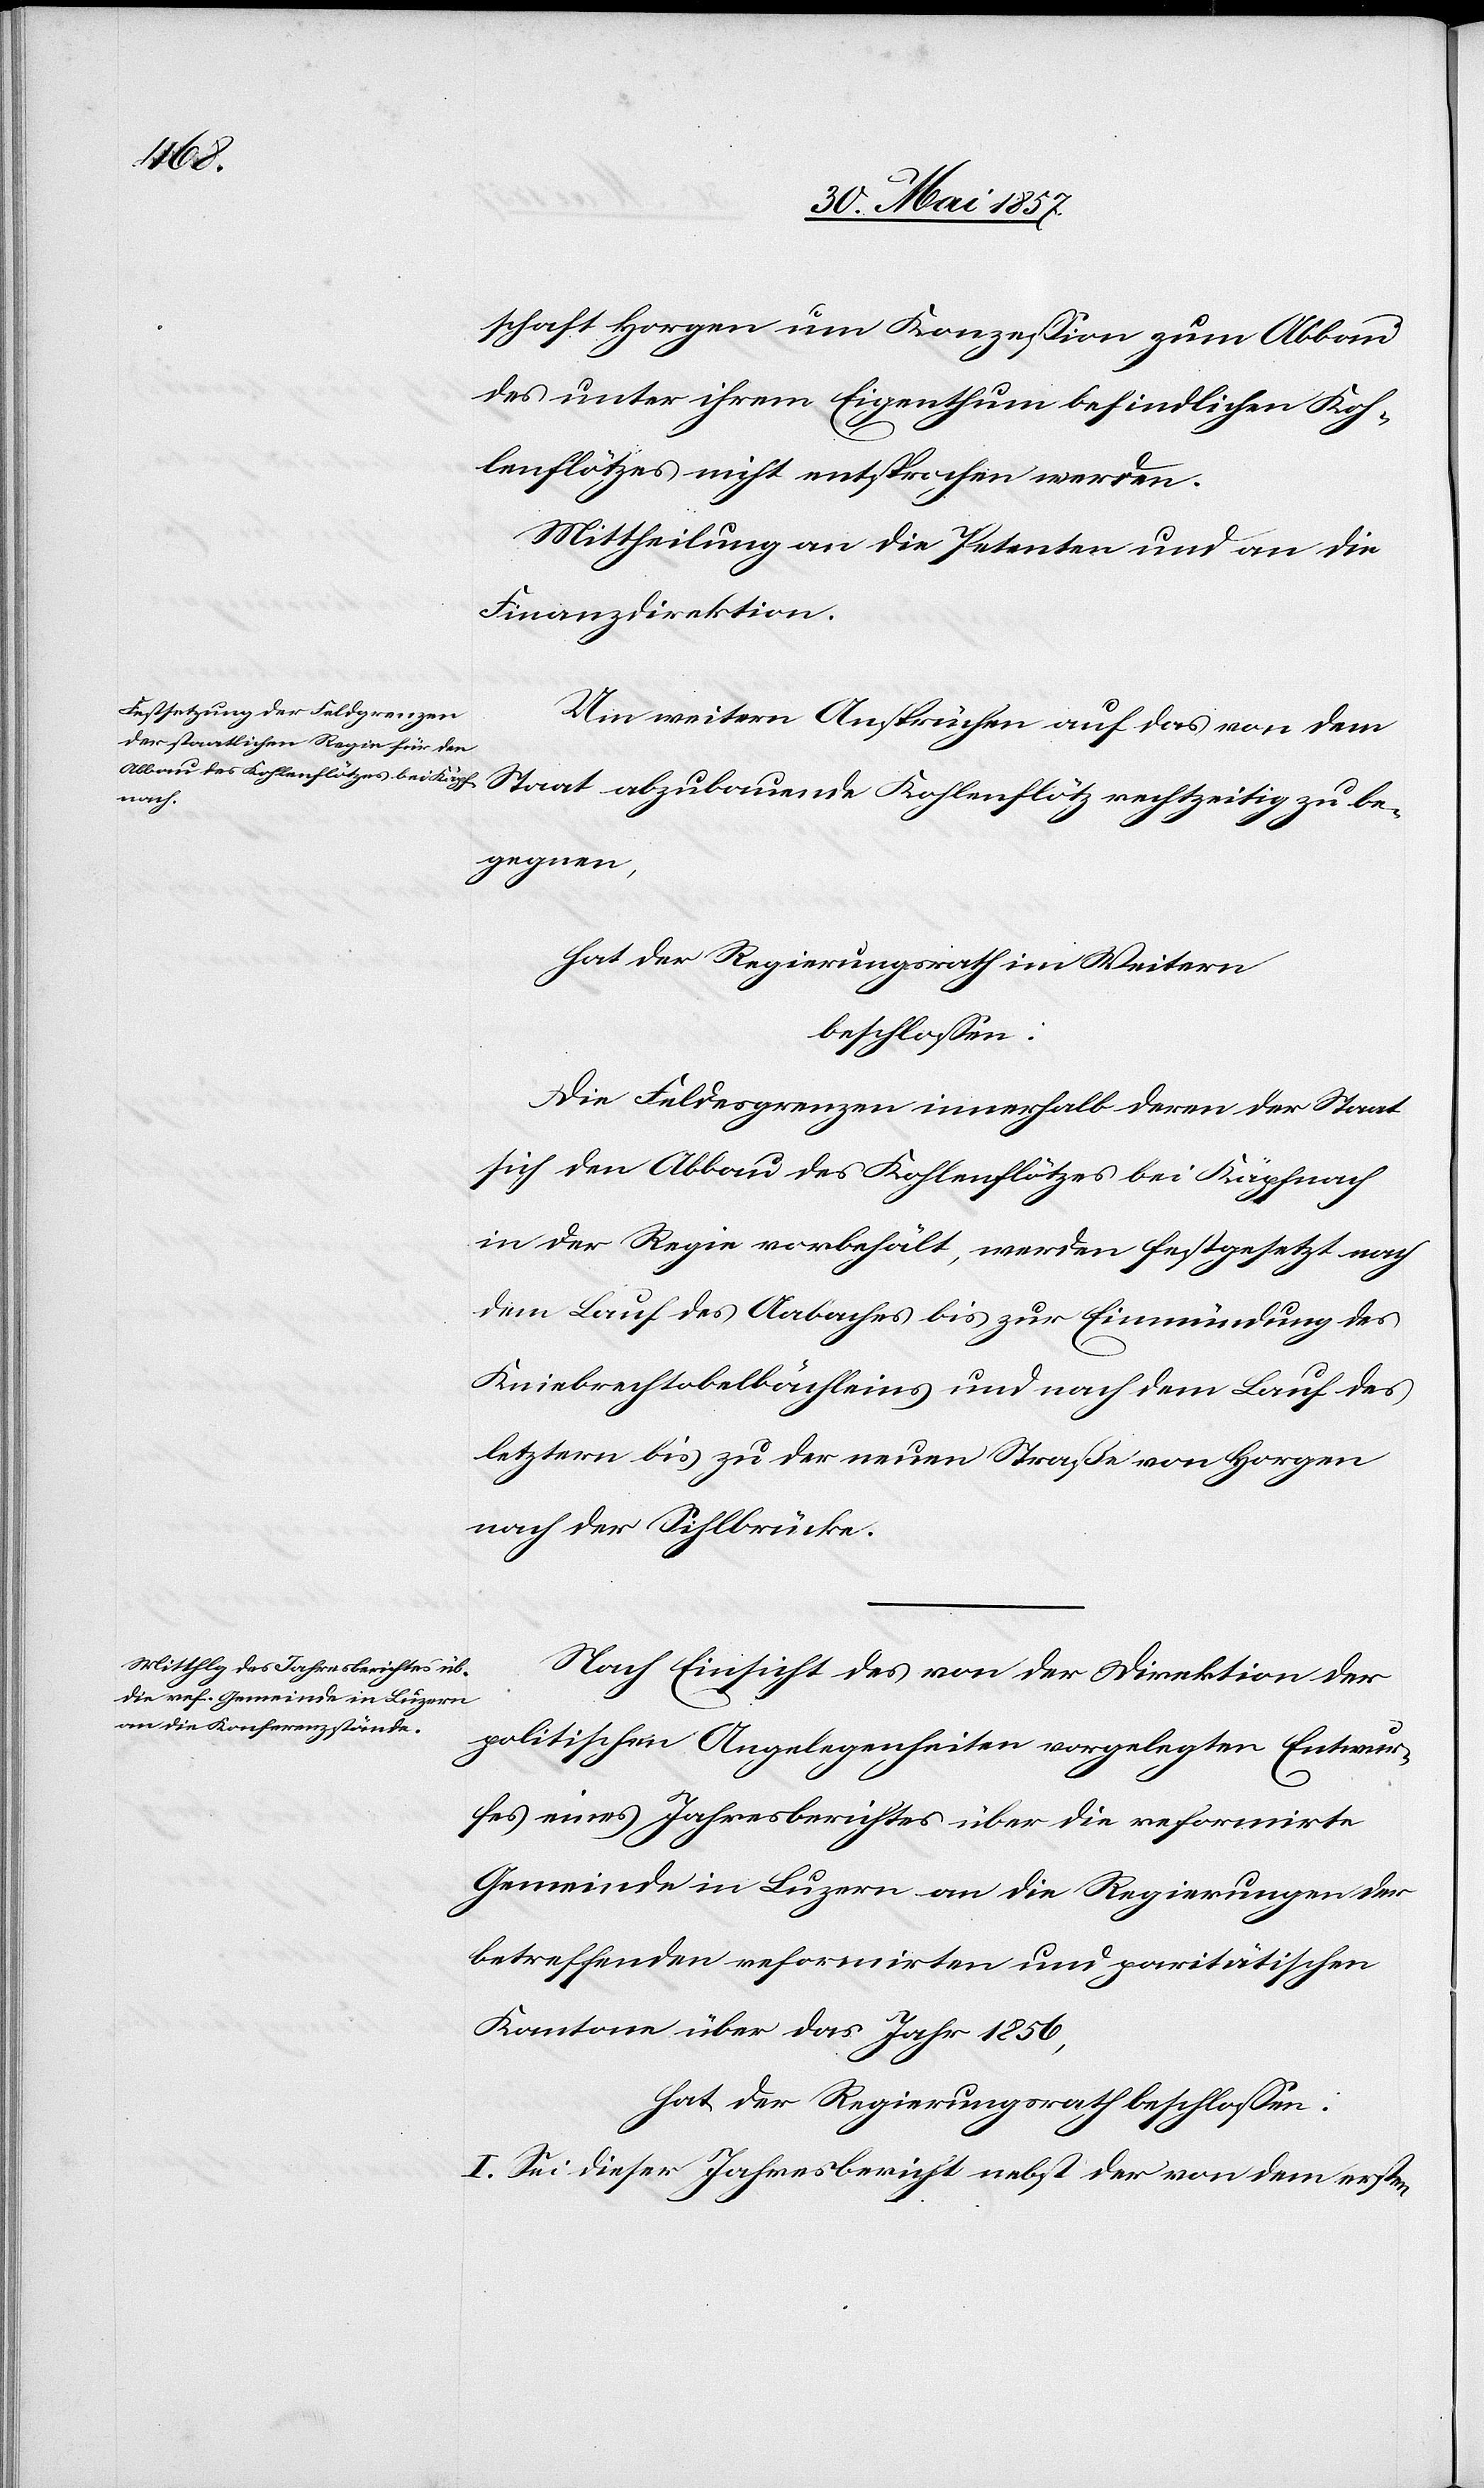
schaft Horgen um Konzession zum Abbau
des unter ihrem Eigenthum befindlichen Koh¬
lenflötzes nicht entsprochen werden.
Mittheilung an die Petenten und an die
Finanzdirektion.
Um weitern Ansprüchen auf das von dem
Staat abzubauende Kohlenflötz rechtzeitig zu be¬
gegnen,
hat der Regierungsrath im Weitern
beschlossen:
Die Feldesgrenzen innerhalb deren der Staat
sich den Abbau des Kohlenflötzes bei Käpfnach
in der Regie vorbehält, werden festgesetzt nach
dem Lauf des Aabaches bis zur Einmündung des
Kniebrechtobelbächleins und nach dem Lauf des
letztern bis zu der neuen Straße von Horgen
nach der Sihlbrücke.
Nach Einsicht des von der Direktion der
politischen Angelegenheiten vorgelegten Entwur¬
fes eines Jahresberichtes über die reformirte
Gemeinde in Luzern an die Regierungen der
betreffenden reformirten und paritätischen
Kantone über das Jahr 1856,
hat der Regierungsrath beschlossen:
I. Sei dieser Jahresbericht nebst der von dem ersten